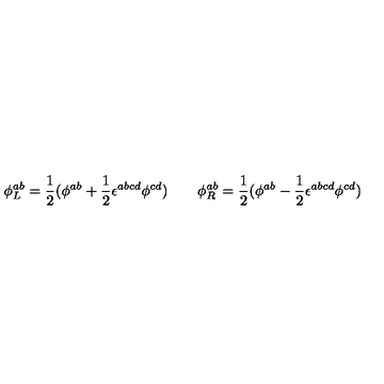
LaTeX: \phi _ { L } ^ { a b } = \frac 1 2 ( \phi ^ { a b } + \frac 1 2 \epsilon ^ { a b c d } \phi ^ { c d } ) \quad \quad \phi _ { R } ^ { a b } = \frac 1 2 ( \phi ^ { a b } - \frac 1 2 \epsilon ^ { a b c d } \phi ^ { c d } )